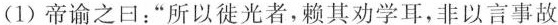
（1）帝谕之曰：”所以徙光者，赖其劝学耳，非以言事故